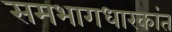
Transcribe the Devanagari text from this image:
समभागधारकांत